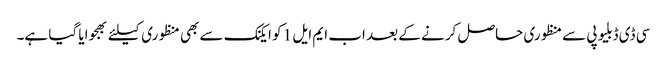
سی ڈی ڈبلیو پی سے منظوری حاصل کرنے کے بعد اب ایم ایل 1 کو ایکنک سے بھی منظوری کیلئے بھجوایا گیا ہے۔